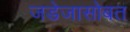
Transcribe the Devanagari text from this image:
जडेजासोबत